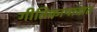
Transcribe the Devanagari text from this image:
गीतिकापादात